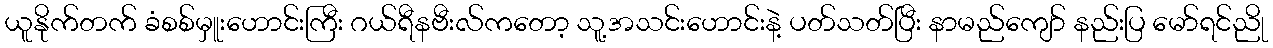
ယူနိုက်တက် ခံစစ်မှူးဟောင်းကြီး ဂယ်ရီနဗီးလ်ကတော့ သူ့အသင်းဟောင်းနဲ့ ပတ်သတ်ပြီး နာမည်ကျော် နည်းပြ မော်ရင်ညို